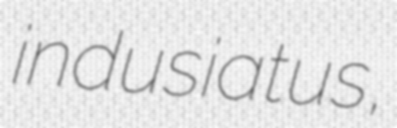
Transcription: indusiatus,